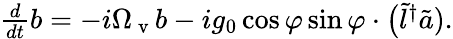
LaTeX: \begin{array}{r}{\frac{d}{dt}b=-i\Omega_{\mathrm{~v~}}b-ig_{0}\cos\varphi\sin\varphi\cdot\big(\tilde{l}^{\dagger}\tilde{a}).}\end{array}